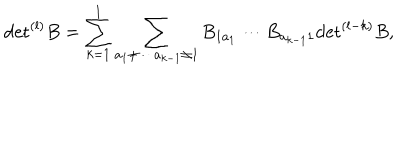
\mathrm { d e t } ^ { ( l ) } B = \sum _ { k = 1 } ^ { l } \sum _ { a _ { 1 } \neq \cdots a _ { k - 1 } \neq 1 } B _ { 1 a _ { 1 } } \cdots B _ { a _ { k - 1 } 1 } \mathrm { d e t } ^ { ( l - k ) } B ,